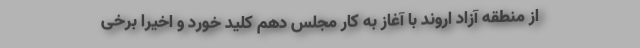
از منطقه آزاد اروند با آغاز به کار مجلس دهم کلید خورد و اخیرا برخی